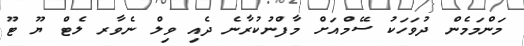
މަންމަމެން ދުވަހަކު ސޭމްއަށް މާފްނުކުރާނެ ދެއި ވިލް ނެވާރ ލެޓް ޔޫ ޓޫ